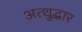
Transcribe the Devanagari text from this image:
अत्थुद्धार